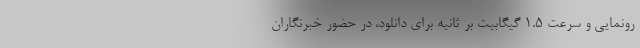
رونمایی و سرعت ۱.۵ گیگابیت بر ثانیه برای دانلود، در حضور خبرنگاران